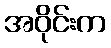
အဝိုင်းက